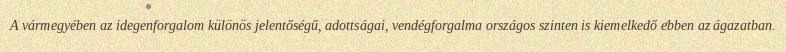
A vármegyében az idegenforgalom különös jelentőségű, adottságai, vendégforgalma országos szinten is kiemelkedő ebben az ágazatban.